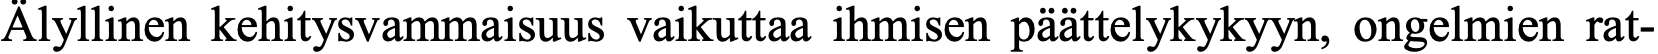
Älyllinen kehitysvammaisuus vaikuttaa ihmisen päättelykykyyn, ongelmien rat-